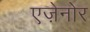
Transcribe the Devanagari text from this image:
एज़ेनोर